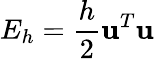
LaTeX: E_{h}=\frac{h}{2}\mathbf{u}^{T}\mathbf{u}